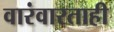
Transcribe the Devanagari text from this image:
वारंवारताही